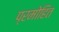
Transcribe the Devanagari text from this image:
प्रमोहित